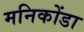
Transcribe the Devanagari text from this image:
मनिकोंडा